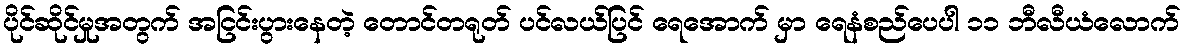
ပိုင်ဆိုင်မှုအတွက် အငြင်းပွားနေတဲ့ တောင်တရုတ် ပင်လယ်ပြင် ရေအောက် မှာ ရေနံစည်ပေပါ ၁၁ ဘီလီယံလောက်